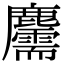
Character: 𪋯